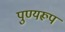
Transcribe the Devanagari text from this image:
पुण्यरूप